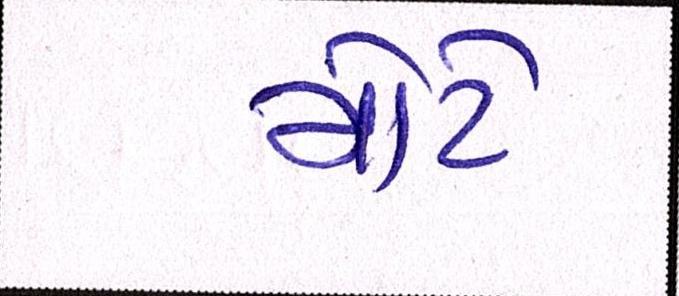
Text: મોટે